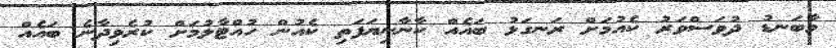
މާބަނޑު ދުވަސްވަރު ކެއުމަށް ރަނގަޅު ބައެއް ކާނާނިޔަފަތި ކެއުން ހުއްޓާލުމަށް ކުރެވިދާނެ ބައެއް